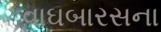
વાઘબારસના